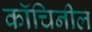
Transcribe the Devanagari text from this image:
कॉचिनील